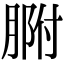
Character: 𦝗